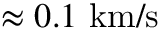
\approx 0 . 1 \ \mathrm { k m / s }